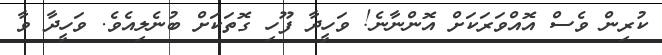
ކުރިން ވެސް އޮއްވަރަކަށް އޮންނާނެ! ވަހީދާ ފޫހި ގޮތަކަށް ބުނެލިއެވެ. ވަހީދާ ވާ